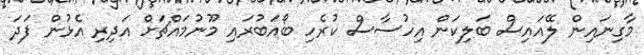
މާގިނައިން ލޭއައިސް ބަލިކަން އިހުސާސް ކުރެހި ބޯއަބުރައި މޫނުމައްޗަށް އަދިރި އެޅުން ފަދަ